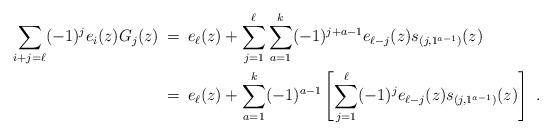
LaTeX: \begin{align*} \sum_{i+j=\ell} (-1)^j e_i(z) G_j(z) &\:=\: e_\ell(z) + \sum_{j=1}^{\ell} \sum_{a=1}^{k}(-1)^{j+a-1} e_{\ell-j} (z) s_{(j,1^{a-1})}(z) \\ &\:=\: e_\ell(z) + \sum_{a=1}^k (-1)^{a-1} \left[\sum_{j=1}^{\ell} (-1)^{j} e_{\ell-j}(z) s_{(j,1^{a-1})}(z) \right]\ . \end{align*}